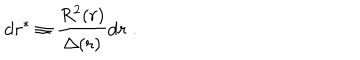
LaTeX: \mathrm { d } r ^ { * } \equiv \frac { R ^ { 2 } ( r ) } { \Delta ( r ) } \mathrm { d } r \; .